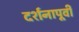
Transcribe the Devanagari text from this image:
दर्शनापूर्वी